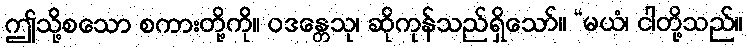
ဤသို့စသော စကားတို့ကို။ ဝဒန္တေသု၊ ဆိုကုန်သည်ရှိသော်။ “မယံ၊ ငါတို့သည်။